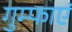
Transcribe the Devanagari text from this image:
गुम्फाएं